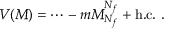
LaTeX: V ( M ) = { \cdots } - m M _ { N _ { f } } ^ { N _ { f } } + \mathrm { h . c . } \ .